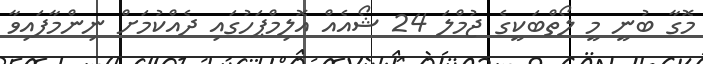
މޮގާ ބުނީ މީ ލޯތްބަކީގެ ޖުމްލަ 24 ޝޯއެއް އޮލިމްޕަހުގައި ދެއްކުމަށް ނިންމާފައިވާ